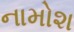
નામોશ